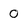
Character: 0